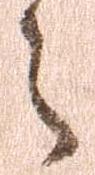
之